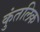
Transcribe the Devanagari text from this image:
कुंतलिक